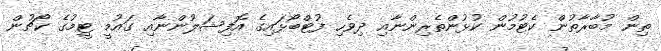
ތިން މުބާރާތުން ކެޓުމުން ކުޅުންތެރިންނާއި ދިވެހި ފުޓްބޯޅައިގެ އޮފިޝަލުންނާއި ގައުމީ ޓީމުގެ ކޯޗުން